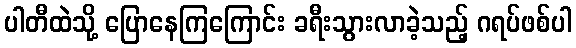
ပါတီထဲသို့ ပြောနေကြကြောင်း ခရီးသွားလာခဲ့သည့် ဂရပ်ဖစ်ပါ